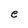
Character: e